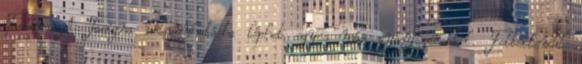
Tasigna A Tasigna kölcsönhatásba léphet egyes más gyógyszerekkel. Feltétlenül